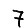
Digit: 7